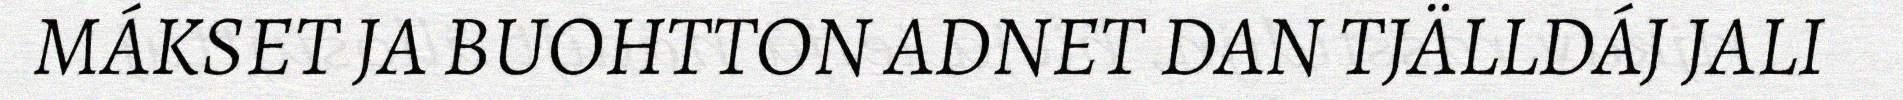
MÁKSET JA BUOHTTON ADNET DAN TJÄLLDÁJ JALI